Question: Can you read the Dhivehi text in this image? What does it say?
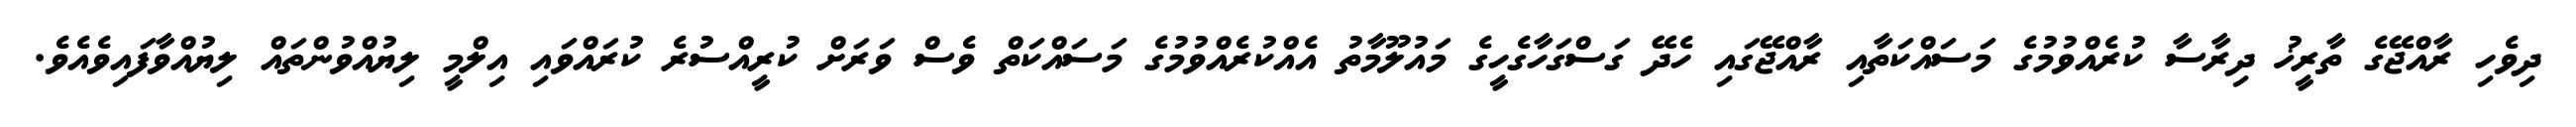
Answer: ދިވެހި ރާއްޖޭގެ ތާރީޚު ދިރާސާ ކުރެއްވުމުގެ މަސައްކަތާއި ރާއްޖޭގައި ހެދޭ ގަސްގަހާގެހީގެ މައުލޫމާތު އެއްކުރެއްވުމުގެ މަސައްކަތް ވެސް ވަރަށް ކުރީއްސުރެ ކުރައްވައި އިލްމީ ލިޔުއްވުންތައް ލިޔުއްވާފައިވެއެވެ.